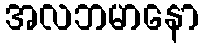
အလဘမာနော